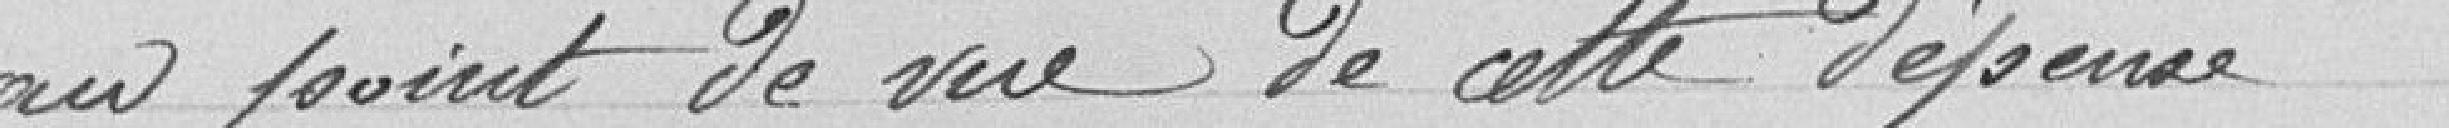
au point de vue de cette dépense.